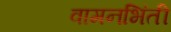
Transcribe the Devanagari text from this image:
वामनभिंती